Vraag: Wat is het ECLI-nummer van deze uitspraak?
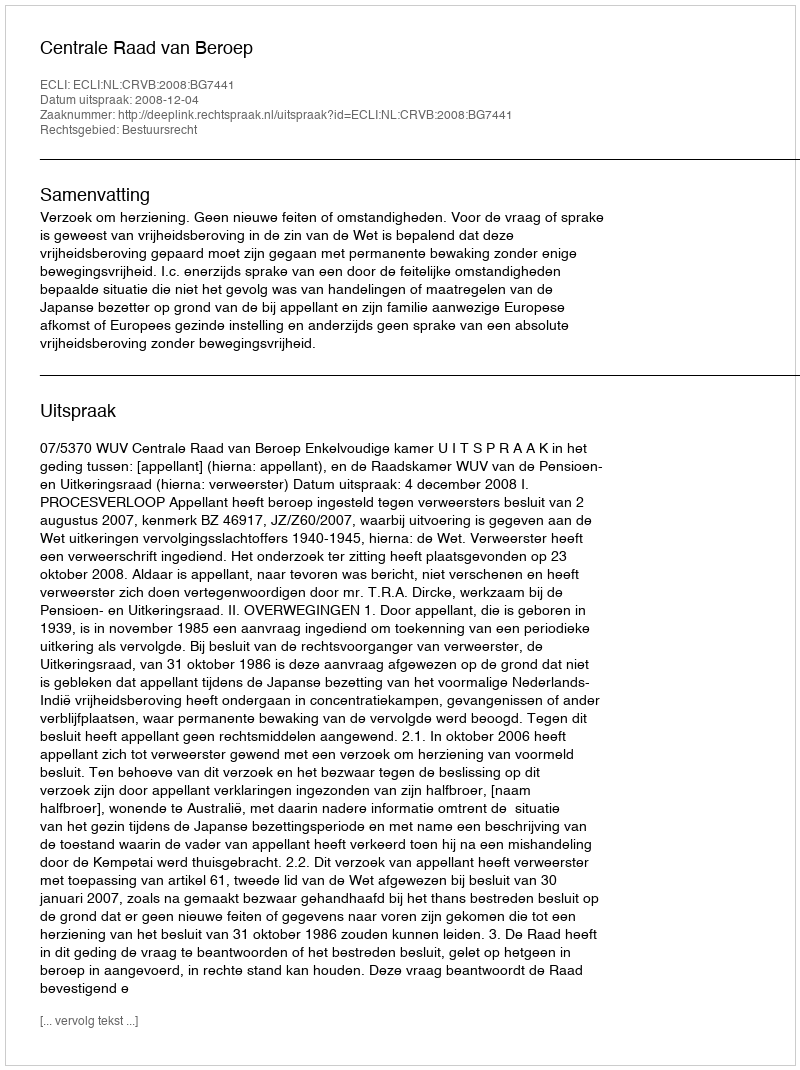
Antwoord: ECLI:NL:CRVB:2008:BG7441